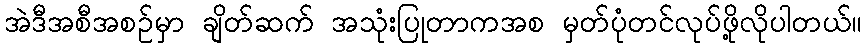
အဲဒီအစီအစဉ်မှာ ချိတ်ဆက် အသုံးပြုတာကအစ မှတ်ပုံတင်လုပ်ဖို့လိုပါတယ်။